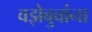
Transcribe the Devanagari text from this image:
वझेबुवांना